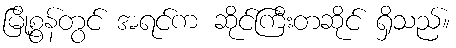
မြို့စွန်တွင် အရင်က ဆိုင်ကြီးတဆိုင် ရှိသည်။